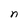
Character: I